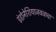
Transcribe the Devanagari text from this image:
इंडोनेशियाजवळचा